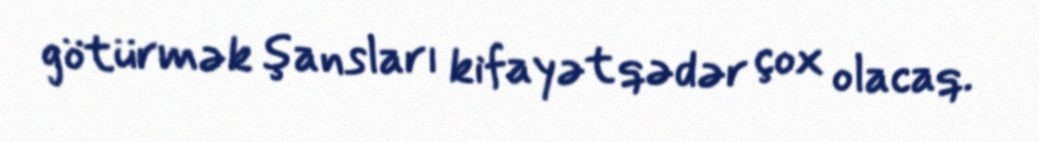
götürmək şansları kifayət qədər çox olacaq.